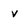
Character: v